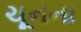
ચૂનના